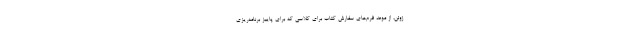
ژوئن، از موعدِ فرم‌های سفارش کتاب برای کلاسی که برای پاییز برنامه‌ریزی